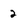
Character: 2